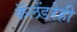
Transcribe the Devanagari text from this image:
कॅलेंडरेही